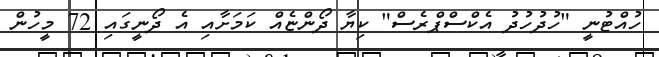
ހުއްޓުނީ "ހުދުހުދު އެކްސްޕްރެސް" ކިޔާ ދޯންޏެއް ކަމަށާއި އެ ދޯނީގައި 72 މީހުން